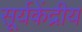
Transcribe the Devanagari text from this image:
सूर्यकेंद्रीय